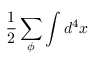
\frac { 1 } { 2 } \sum _ { \phi } \int d ^ { 4 } x \protect